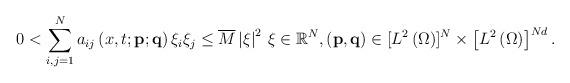
LaTeX: \begin{align*}0<\sum_{i,j=1}^{N}a_{ij}\left(x,t;\mathbf{p};\mathbf{q}\right)\xi_{i}\xi_{j}\le\overline{M}\left|\xi\right|^{2}\,\xi\in\mathbb{R}^{N},\left(\mathbf{p},\mathbf{q}\right)\in [L^{2}\left(\Omega\right)]^{N}\times\left[L^{2}\left(\Omega\right)\right]^{Nd}.\end{align*}